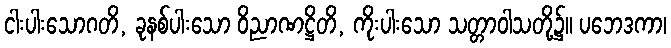
ငါးပါးသောဂတိ, ခုနစ်ပါးသော ဝိညာဏဋ္ဌိတိ, ကိုးပါးသော သတ္တာဝါသတို့၌။ ပဘေဒကာ၊